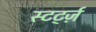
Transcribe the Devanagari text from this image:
स्टर्ट्ज़